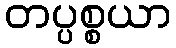
တပ္ပစ္စယာ